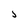
Character: J